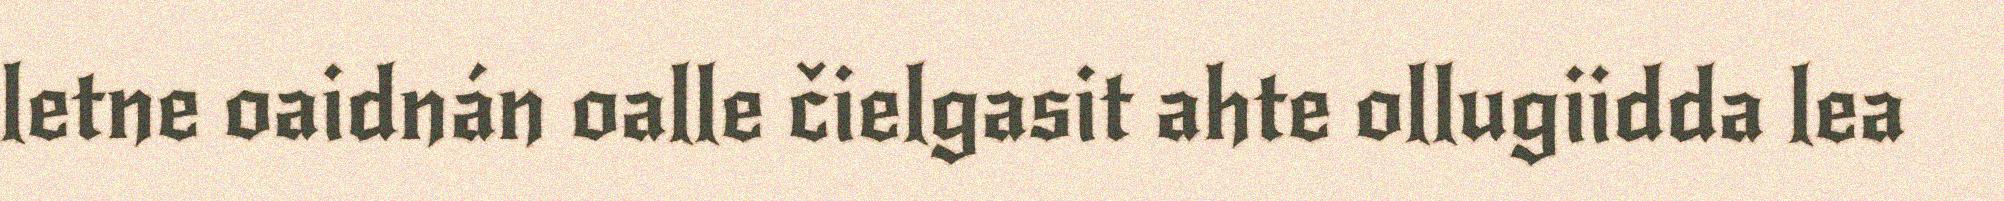
letne oaidnán oalle čielgasit ahte ollugiidda lea